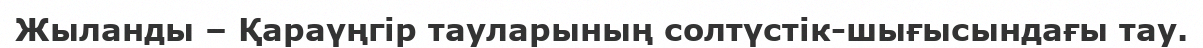
Жыланды – Қараүңгір тауларының солтүстік-шығысындағы тау.